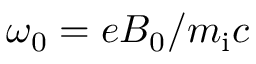
\omega _ { 0 } = e B _ { 0 } / m _ { \mathrm { i } } c